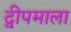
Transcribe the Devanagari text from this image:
द्वीपमाला